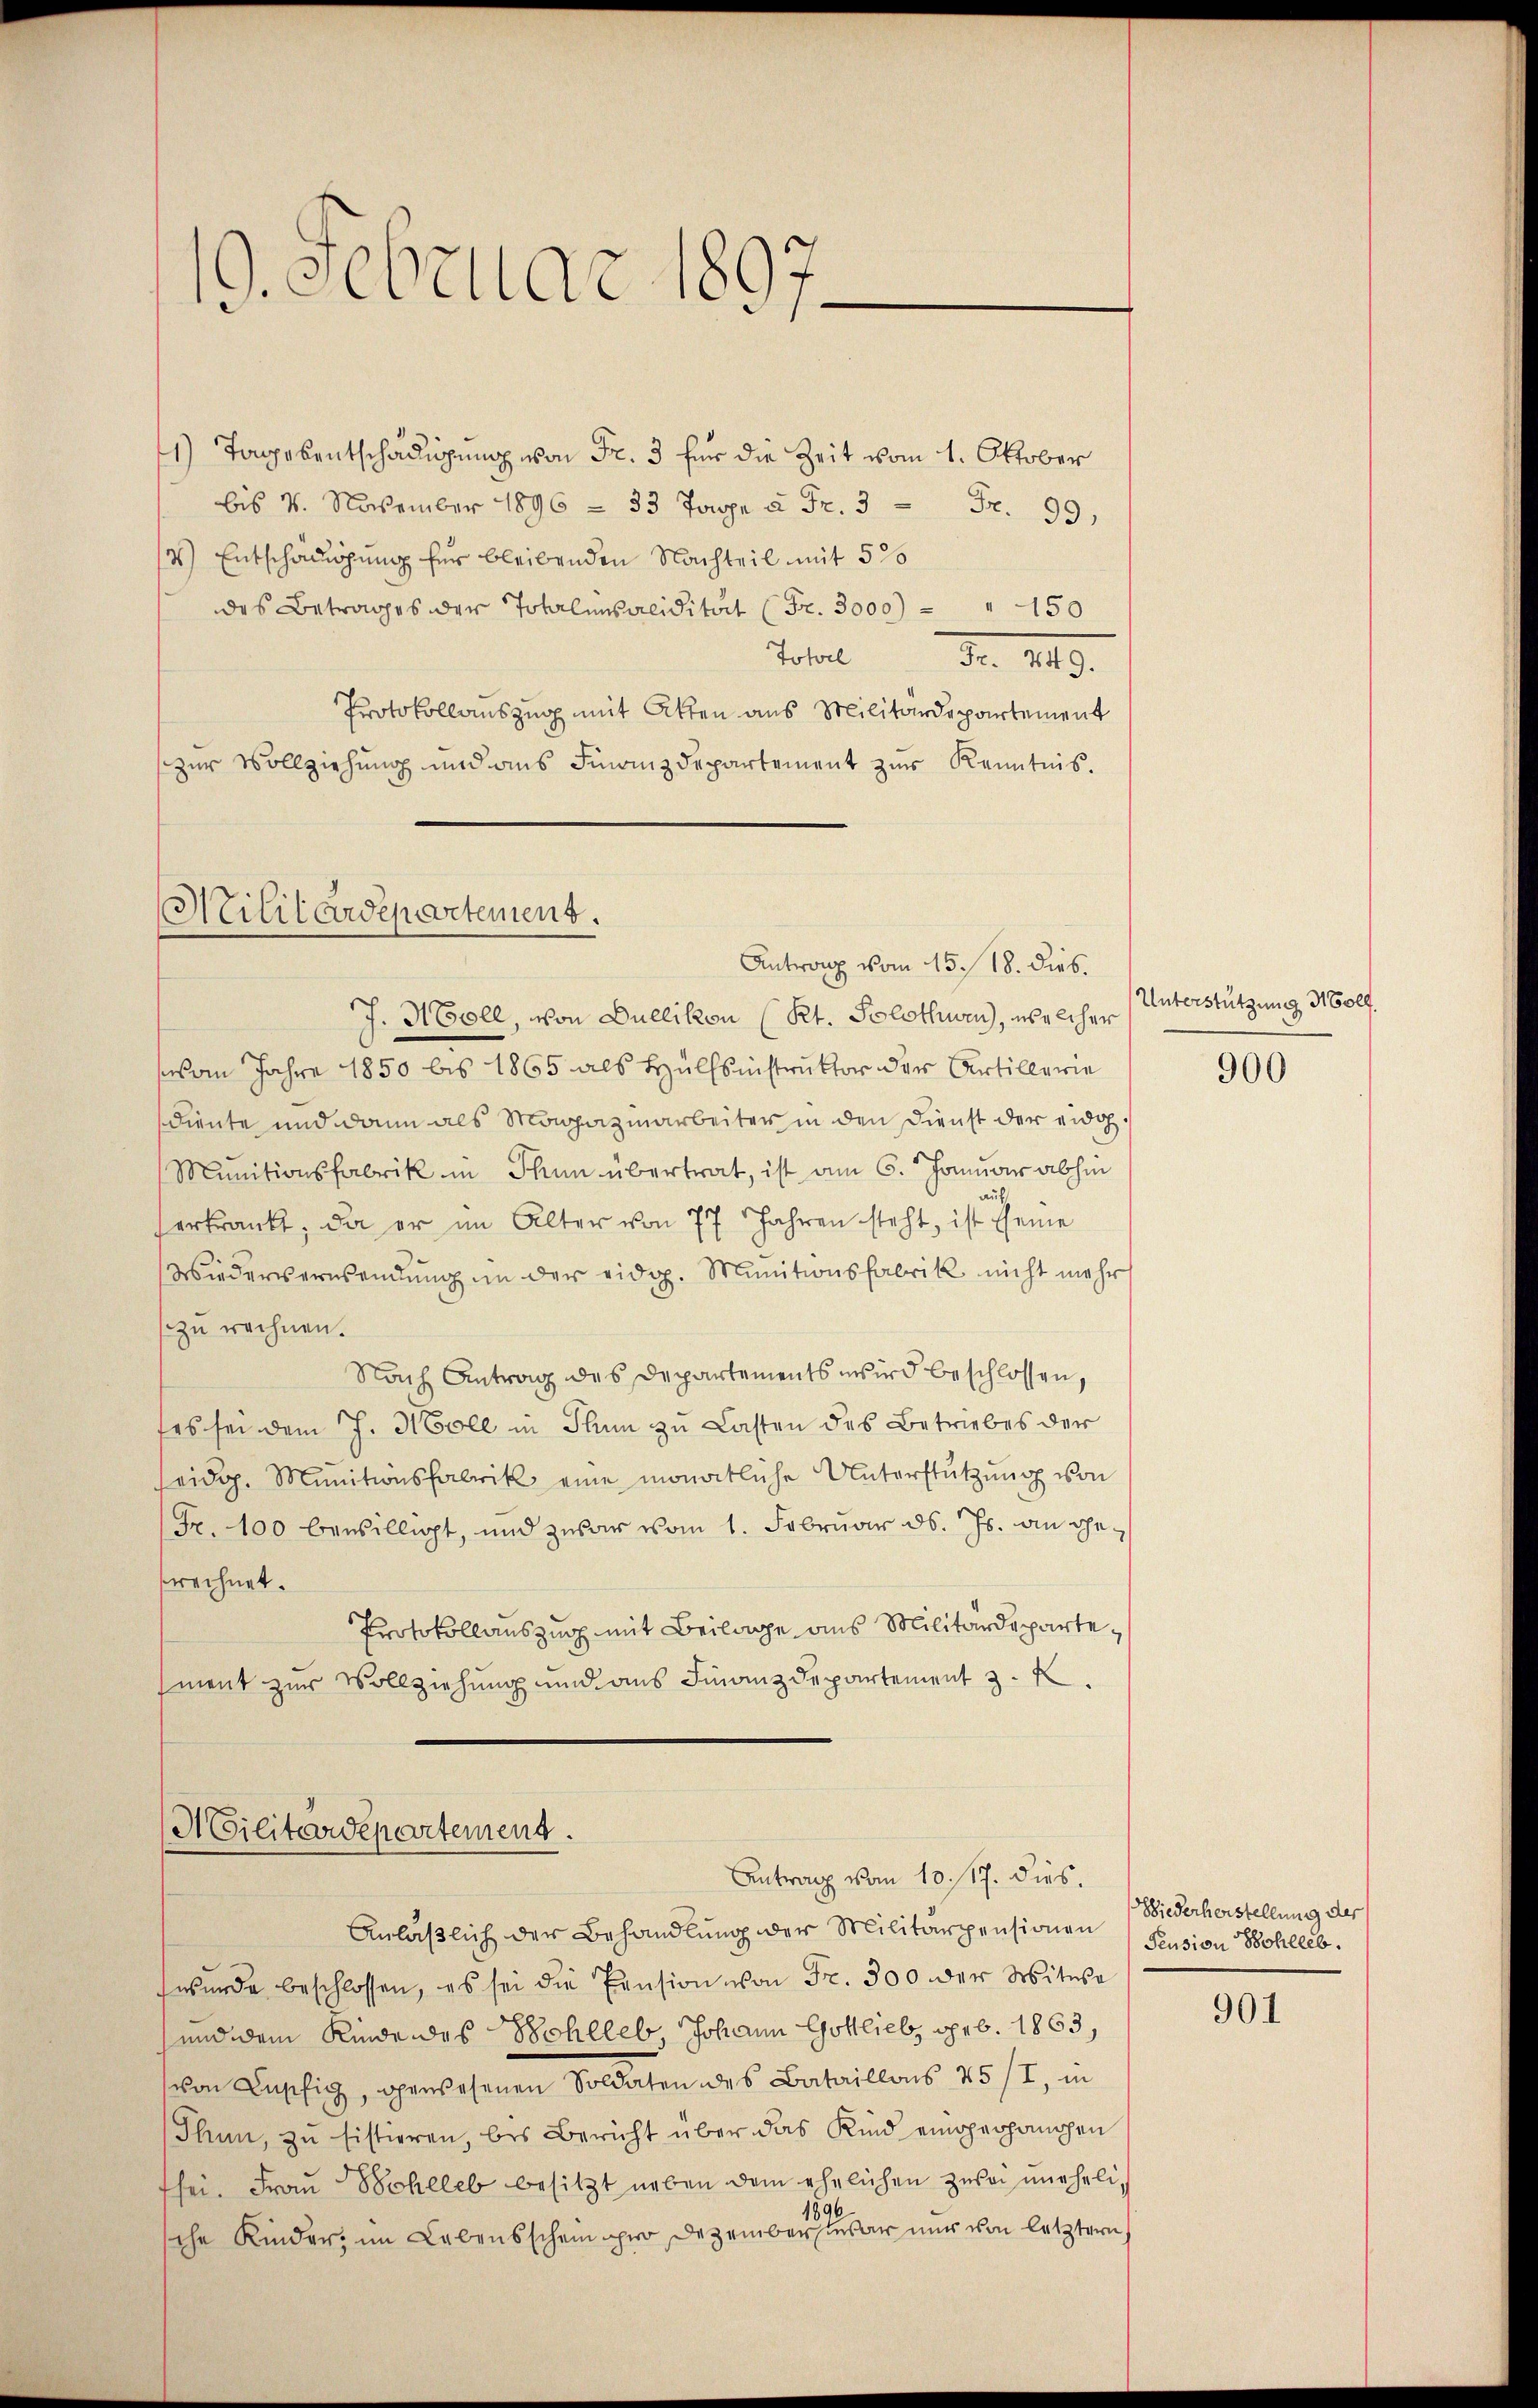
19. Februar 1897.

1) Tagesentschädigung von Fr. 3 für die Zeit vom 1. Oktober
bis 4. November 1896 - 33 Tage à Fr. 3 Fr. 99,
) Entschädigung für bleibenden Nachteil mit 5 %
des Betrages der Totalensalidität (Fr. 3000) " " 150
Tobel d. 13.
Protokollauszug mit Akten aus Militärdepartement
zur Vollziehung und aus Finanzdepartement zur Kenntnis.

Militärdepartement.
Antrag vom 15. 18. dies.

Militärdepartement.
Antrag vom 10./17. dies.

J. Holl, von Dullikon (Kt. Solothurn, welcher
om Jahre 1850 bis 1865 als Hülfsinstruktor der Artillerie
diente und dann als Magazinarbeiter in den Dienst der eidg
Munitionsfabrik in Thun übertrat, ist am 6. Januar abhin
serkrankt, da er im Alter von 77 Jahren steht, ist eine
Wiederverwendung in der eidg. Munitionsfabrik nicht mehr
zu rechnen.
Nach Antrag des Departements wird beschlossen,
es sei dem J. Moll in Thun zu Lasten des Betriebes der
seidg. Munitionsfabrik eine monatliche Unterstützung von
Fr. 100 bewilligt, und zwar vom 1. Februar d. Js. an gesrechnet.
Protokollauszug mit Beilage aus Militärdepartement zur Vollziehung und aus Finanzdepartement z.

Anläßlich der Behandlung der Militärpensionen Pension Bohlleb
wurde beschlossen, es sei die Pension von Fr. 300 der Witwe
und dem Kinde des Schlleb Johann Gottlieb, geb. 1863,
von Lupfig, gewesenen Soldaten des Bataillons 45 /I, in
Thun, zu sistieren, bis Bericht über das Kind eingerhängen
fsei. Frau Scheleb besitzt neben dem ehelichen zwei uneheli¬
1896
sche Kinder, im Lebensschein pro Dezembersieder nur von letztern

Unterstützung Wolf

900

Biederherstellung der

901